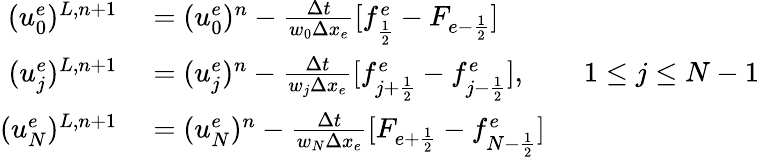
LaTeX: \begin{array}{rl}{(u_{0}^{e})^{L,n+1}}&{{}=(u_{0}^{e})^{n}-\frac{\Delta t}{w_{0}\Delta x_{e}}[f_{\frac{1}{2}}^{e}-F_{e-\frac{1}{2}}]}\\ {(u_{j}^{e})^{L,n+1}}&{{}=(u_{j}^{e})^{n}-\frac{\Delta t}{w_{j}\Delta x_{e}}[f_{j+\frac 12}^{e}-f_{j-\frac 12}^{e}],\qquad 1\le j\le N-1}\\ {(u_{N}^{e})^{L,n+1}}&{{}=(u_{N}^{e})^{n}-\frac{\Delta t}{w_{N}\Delta x_{e}}[F_{e+\frac{1}{2}}-f_{N-\frac{1}{2}}^{e}]}\end{array}